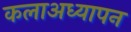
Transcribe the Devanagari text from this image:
कलाअध्यापन